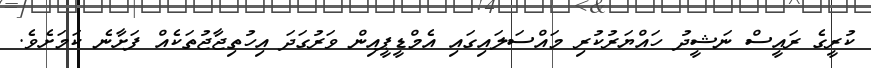
ކުރީގެ ރައީސް ނަޝީދު ހައްޔަރުކުރި މައްސަލައިގައި އެމްޑީޕީއިން ވަރުގަދަ އިހުތިޖާޖުތަކެއް ފަށާނެ ކަމަށެވެ.